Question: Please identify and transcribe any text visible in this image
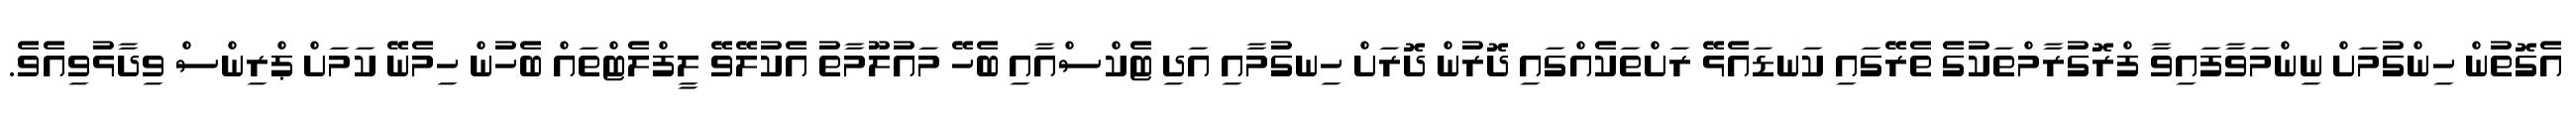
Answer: އެގޮތުން ހިންގުމަށް ނިންމަވާފައިވާ ފްރޮގުރާމްތަކުގެ ތެރޭގައި ކަނޑައެޅޭ ރަށްތަކެއްގައި ދޮރުން ދޮރަށް ހިނގުމާއި އަދި ޓެކްސްއާއި ބެހޭ މައުލޫމާތު އެކުލޭވޭ ލީފްލެޓްތައް ބެހުން ހިމެނޭ ކަމަށް ޕްރިންސް ވިދާޅުވިއެވެ.